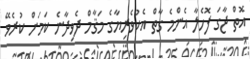
އޮތް ޖާގަ ފޮހެލާ އެންމެ ގާތް އެކުވެރިޔާގެ މަޤާމް ދެވިދާނެ ކަމަށް ކުރެވޭ